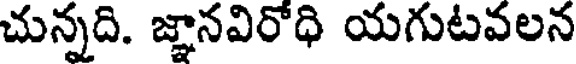
చున్నది. జ్ఞానవిరోధి యగుటవలన